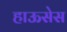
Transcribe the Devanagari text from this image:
हाऊसेस